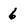
Character: 6